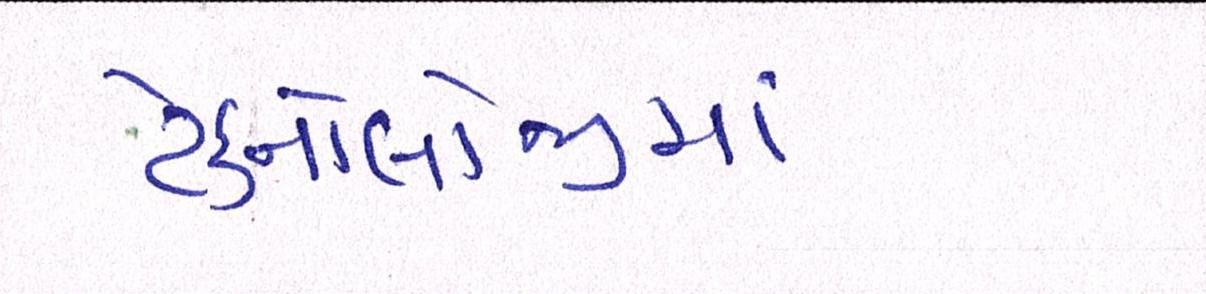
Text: ટેક્નોલોજીમાં